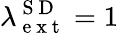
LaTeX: \lambda_{\mathrm{~e~x~t~}}^{\mathrm{~S~D~}}=1